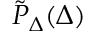
\tilde { P } _ { \Delta } ( \Delta )